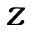
z